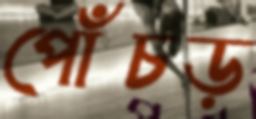
পোঁচড়